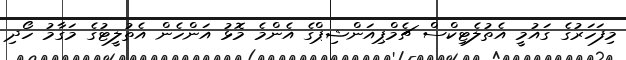
މިފަހަރުގެ ގައުމީ އެތުލެޓިކްސް ޗެމްޕިއަންޝިޕްގެ އެންމެ މޮޅު އަންހެން އެތުލީޓުގެ މަގާމު ހޯދި